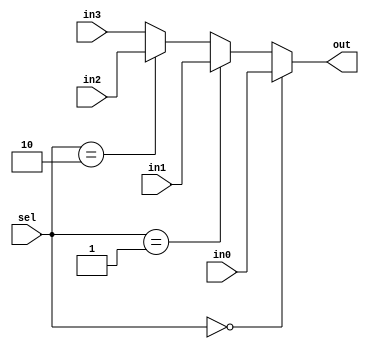
module MUX4x1(
				out,
				sel,
				in0,
				in1,
				in2,
				in3
);
	parameter width = 8;
	output	wire	[width - 1 : 0]	out;
	input	wire	[1:0]			sel;
	input	wire	[width - 1 : 0]	in0;
	input	wire	[width - 1 : 0]	in1;
	input	wire	[width - 1 : 0]	in2;
	input	wire	[width - 1 : 0]	in3;
	assign	out	=	(sel == 2'h0)	?	in0	:
					(sel == 2'h1)	?	in1	:
					(sel == 2'h2)	?	in2	:	in3;
endmodule